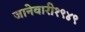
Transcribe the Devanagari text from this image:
जानेवारी१९४९